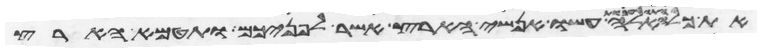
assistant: האלה עשו אנשי הארץ אשר לפניכם ותטמא הארץ